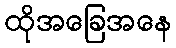
ထိုအခြေအနေ